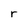
Character: r